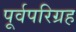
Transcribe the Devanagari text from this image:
पूर्वपरिग्रह